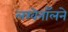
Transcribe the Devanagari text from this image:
लखेनॉलने